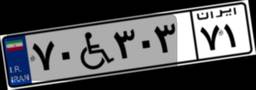
۷۲W۳۳۶۳۴